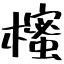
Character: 櫁